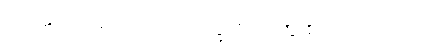
လအကြာမှာ ရောဂါလက္ခဏာတွေ စပြလာတာပါ။